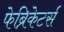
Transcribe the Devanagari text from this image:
फेब्रिकेटर्स